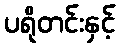
ပရိုတင်းနှင့်